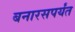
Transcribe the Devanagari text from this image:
बनारसपर्यंत